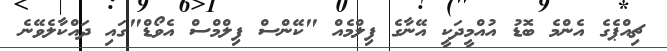
ޗިއްޕެގެ އެންމެ ބޮޑު އުއްމީދަކީ އޭނާގެ ފިލްމެއް "ކޭންސް ފިލްމްސް އެވޯޑް"ގައި ދައްކާލެވޭނެ